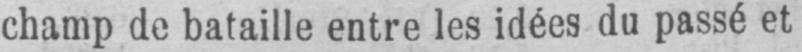
champ de bataille entre les idées du passé et